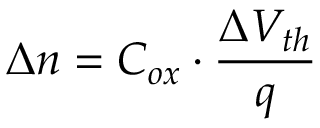
\Delta n = C _ { o x } \cdot \frac { \Delta V _ { t h } } { q }